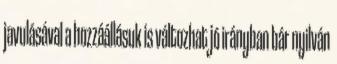
javulásával a hozzáállásuk is változhat jó irányban bár nyilván